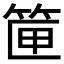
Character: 筪